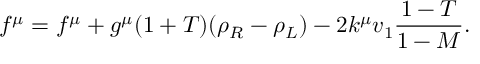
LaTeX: f ^ { \mu } = f ^ { \mu } + g ^ { \mu } ( 1 + T ) ( \rho _ { R } - \rho _ { L } ) - 2 k ^ { \mu } v _ { 1 } \frac { 1 - T } { 1 - M } .